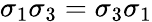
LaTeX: \sigma_{1}\sigma_{3}=\sigma_{3}\sigma_{1}